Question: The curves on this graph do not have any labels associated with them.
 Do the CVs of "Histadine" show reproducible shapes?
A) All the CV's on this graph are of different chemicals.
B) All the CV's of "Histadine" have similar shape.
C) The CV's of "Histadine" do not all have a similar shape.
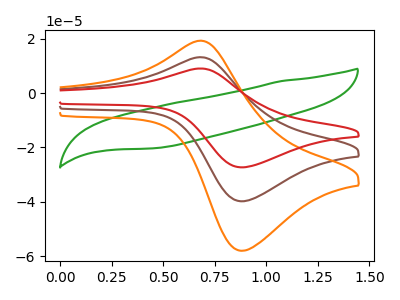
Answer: <think>The green curve "green" has no peaks. The brown curve "brown" has an anodic peak at (0.65V, 13.25uA) and a cathodic peak at (0.90V, -39.80uA). The orange curve "orange" has an anodic peak at (0.65V, 26.50uA) and a cathodic peak at (0.90V, -79.65uA). The red curve "red" has an anodic peak at (0.65V, 9.10uA) and a cathodic peak at (0.90V, -27.30uA).
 "green" and "brown" have a different number of peaks. "green" and "orange" have a different number of peaks. "green" and "red" have a different number of peaks. All the peaks in "brown" have a peak in "orange" at the same potential. Every peak in "brown" is lower than every peak in "orange". All the peaks in "brown" have a peak in "red" at the same potential. Every peak in "brown" is higher than every peak in "red". All the peaks in "orange" have a peak in "red" at the same potential. Every peak in "orange" is higher than every peak in "red".</think>
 <answer>B) All the CV's of "Histadine" have similar shape.</answer>
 <eval>B</eval>